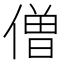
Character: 僧